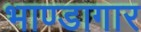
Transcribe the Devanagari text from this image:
भाण्डागार